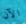
الآن